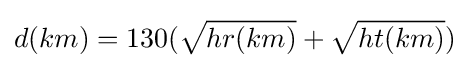
d(km)=130({\sqrt {hr(km)}}+{\sqrt {ht(km)}})